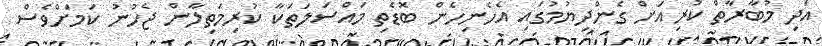
އަދި މުބާރާތް ކުރިއަށް ގެންދިޔުމުގައި އެހެނިހެން ބޮޑެތި މައްސަލަތަކާ ކުރިމަތިލާން ޖެހުނު ކަމަށްވެސް